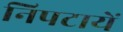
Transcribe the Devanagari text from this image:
निपटायें